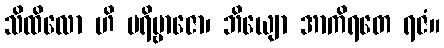
သိထိလော ဟိ ပရိဗ္ဗာဇော၊ ဘိယျော အာကိရတေ ရဇံ။